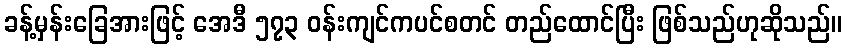
ခန့်မှန်းခြေအားဖြင့် အေဒီ ၅၇၃ ဝန်းကျင်ကပင်စတင် တည်ထောင်ပြီး ဖြစ်သည်ဟုဆိုသည်။